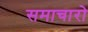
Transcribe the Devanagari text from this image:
समाचारो